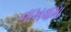
નાખવામા